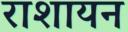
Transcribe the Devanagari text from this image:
राशायन